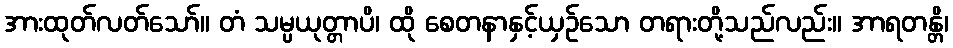
အားထုတ်လတ်သော်။ တံ သမ္ပယုတ္တာပိ၊ ထို စေတနာနှင့်ယှဉ်သော တရားတို့သည်လည်း။ အာရတန္တိ၊